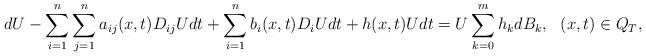
LaTeX: \begin{align*}d U-\sum_{i=1}^n\sum_{j=1}^n a_{ij}(x,t)D_{ij}Udt+\sum_{i=1}^n b_i(x,t)D_iUdt+h(x,t)Udt=U\sum_{k=0}^mh_kdB_k,~~(x,t)\in Q_T,\end{align*}